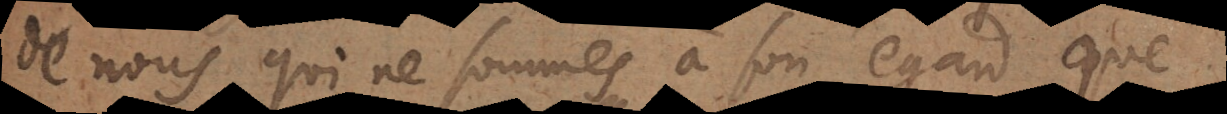
de nous qui ne sommes à son egard que